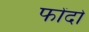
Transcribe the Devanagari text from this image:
फोंदो